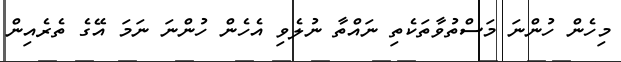
މިހެން ހުންނަ މަސްތުވާތަކެތި ނައްތާ ނުލެވި އެހެން ހުންނަ ނަމަ އޭގެ ތެރެއިން